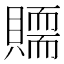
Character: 𧸀